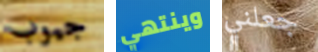
جيوب وينتهي جعلني